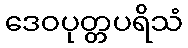
ဒေဝပုတ္တပရိသံ